Indian journal of veterinary science and animal husbandry - Volumes 15-17, 1948-1951
Year: 1948
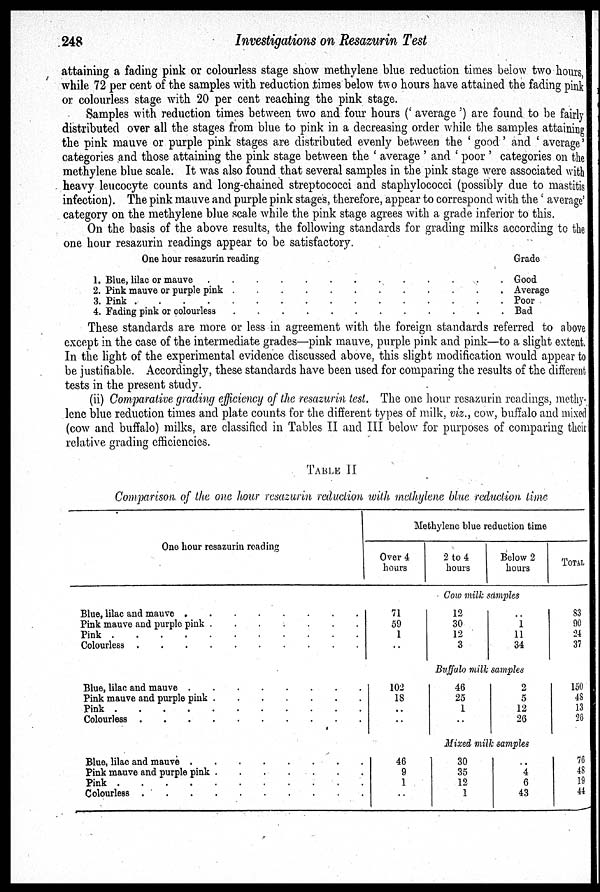
248
Investigations on Resazurin Test
attaining a fading pink or colourless stage show methylene blue reduction times below two hours,
while 72 per cent of the samples with reduction times below two hours have attained the fading pink
or colourless stage with 20 per cent reaching the pink stage.
Samples with reduction times between two and four hours ('average') are found to be fairly
distributed over all the stages from blue to pink in a decreasing order while the samples attaining
the pink mauve or purple pink stages are distributed evenly between the 'good' and 'average'
categories and those attaining the pink stage between the 'average' and 'poor' categories on the
methylene blue scale. It was also found that several samples in the pink stage were associated with
heavy leucocyte counts and long-chained streptococci and staphylococci (possibly due to mastitis
infection). The pink mauve and purple pink stages, therefore, appear to correspond with the 'average'
category on the methylene blue scale while the pink stage agrees with a grade inferior to this.
On the basis of the above results, the following standards for grading milks according to the
one hour resazurin readings appear to be satisfactory.
One hour resazurin reading
1. Blue, lilac or mauve . . . . . . . . . . . . . . . . .
2. Pink mauve or purple pink . . . . . . . . . . . . . . .
3. Pink . . . . . . . . . . . . . . . . .
4. Fading pink or colourless . . . . . . . . . . . . . . . . .
Grade
Good
Average
Poor
Bad
These standards are more or less in agreement with the. foreign standards referred to above
except in the case of the intermediate grades—pink mauve, purple pink and pink—to a slight extent.
In the light of the experimental evidence discussed above, this slight modification would appear to
be justifiable. Accordingly, these standards have been used for comparing the results of the different
tests in the present study.
(ii) Comparative grading efficiency of the resazurin test. The one hour resazurin readings, methy
lene blue reduction times and plate counts for the different types of milk, viz., cow, buffalo and mixed
(cow and buffalo) milks, are classified in Tables II and III below for purposes of comparing their
relative grading efficiencies.
TABLE II
Comparison, of the one hour resazurin reduction with methylene blue reduction time
One hour resazurin reading
Blue, lilac and mauve . . . . . . . .
Pink mauve and purple pink . . . . . . . .
Colourless . . . . . . . .
Blue, lilac and mauve . . . . . . . .
Pink mauve and purple pink . . . . . . . .
Colourless . . . . . . . .
Blue, lilac and mauve . . . . . . . .
Pink mauve and purple pink . . . . . . . .
Pink . . . . . . . .
Colourless . . . . . . . .
Methylene blue reduction time
Over 4
hours
2 to 4
hours
Below 2
hours
TOTAL
Cow milk samples
71
59
1
..
12
30
12
3
..
1
11
34
83
90
24
37
Buffalo milk samples
102
18
..
..
46
25
1
2
5
12
26
150
48
13
26
Mixed milk samples
46
9
1
..
30
35
12
1
..
4
6
43
76
48
19
44